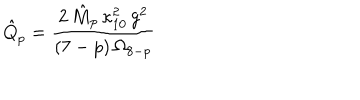
\hat { Q } _ { p } = \frac { 2 \, \hat { M } _ { p } \, \kappa _ { 1 0 } ^ { 2 } \, g ^ { 2 } } { ( 7 - p ) \, \Omega _ { 8 - p } }